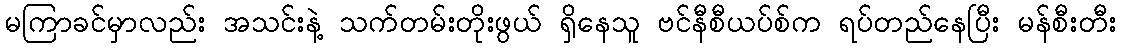
မကြာခင်မှာလည်း အသင်းနဲ့ သက်တမ်းတိုးဖွယ် ရှိနေသူ ဗင်နီစီယပ်စ်က ရပ်တည်နေပြီး မန်စီးတီး